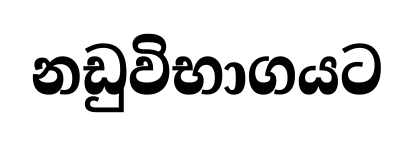
නඩුවිභාගයට